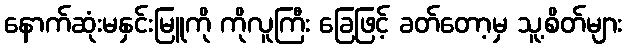
နောက်ဆုံးမနှင်းမြူကို ကိုလူကြီး ခြေဖြင့် ခတ်တော့မှ သူ့စိတ်များ